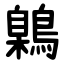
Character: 鷍